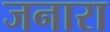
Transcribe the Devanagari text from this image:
जनारा